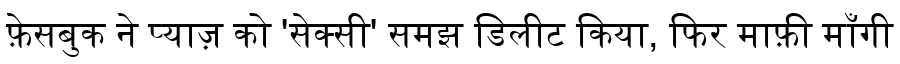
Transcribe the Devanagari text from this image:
फ़ेसबुक ने प्याज़ को 'सेक्सी' समझ डिलीट किया, फिर माफ़ी माँगी